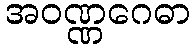
အဝဏ္ဏဂေဓာ